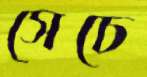
সেচে